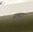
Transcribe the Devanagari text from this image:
समुद्रां